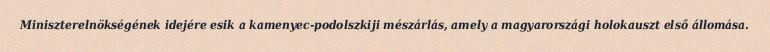
Miniszterelnökségének idejére esik a kamenyec-podolszkiji mészárlás, amely a magyarországi holokauszt első állomása.